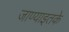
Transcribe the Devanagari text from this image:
जाण्याइतके